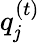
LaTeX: {q_{\mathit{j}}^{\left(t\right)}}